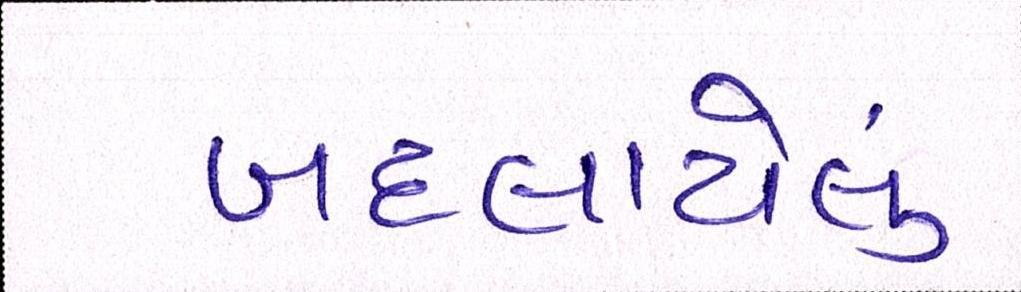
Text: બદલાયેલું